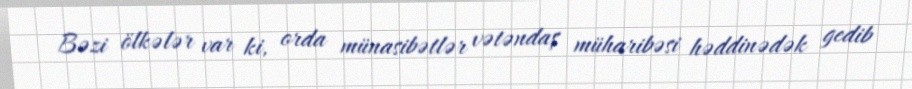
Bəzi ölkələr var ki, orda münasibətlər vətəndaş müharibəsi həddinədək gedib